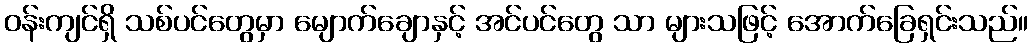
ဝန်းကျင်ရှိ သစ်ပင်တွေမှာ မျောက်ချောနှင့် အင်ပင်တွေ သာ များသဖြင့် အောက်ခြေရှင်းသည်။